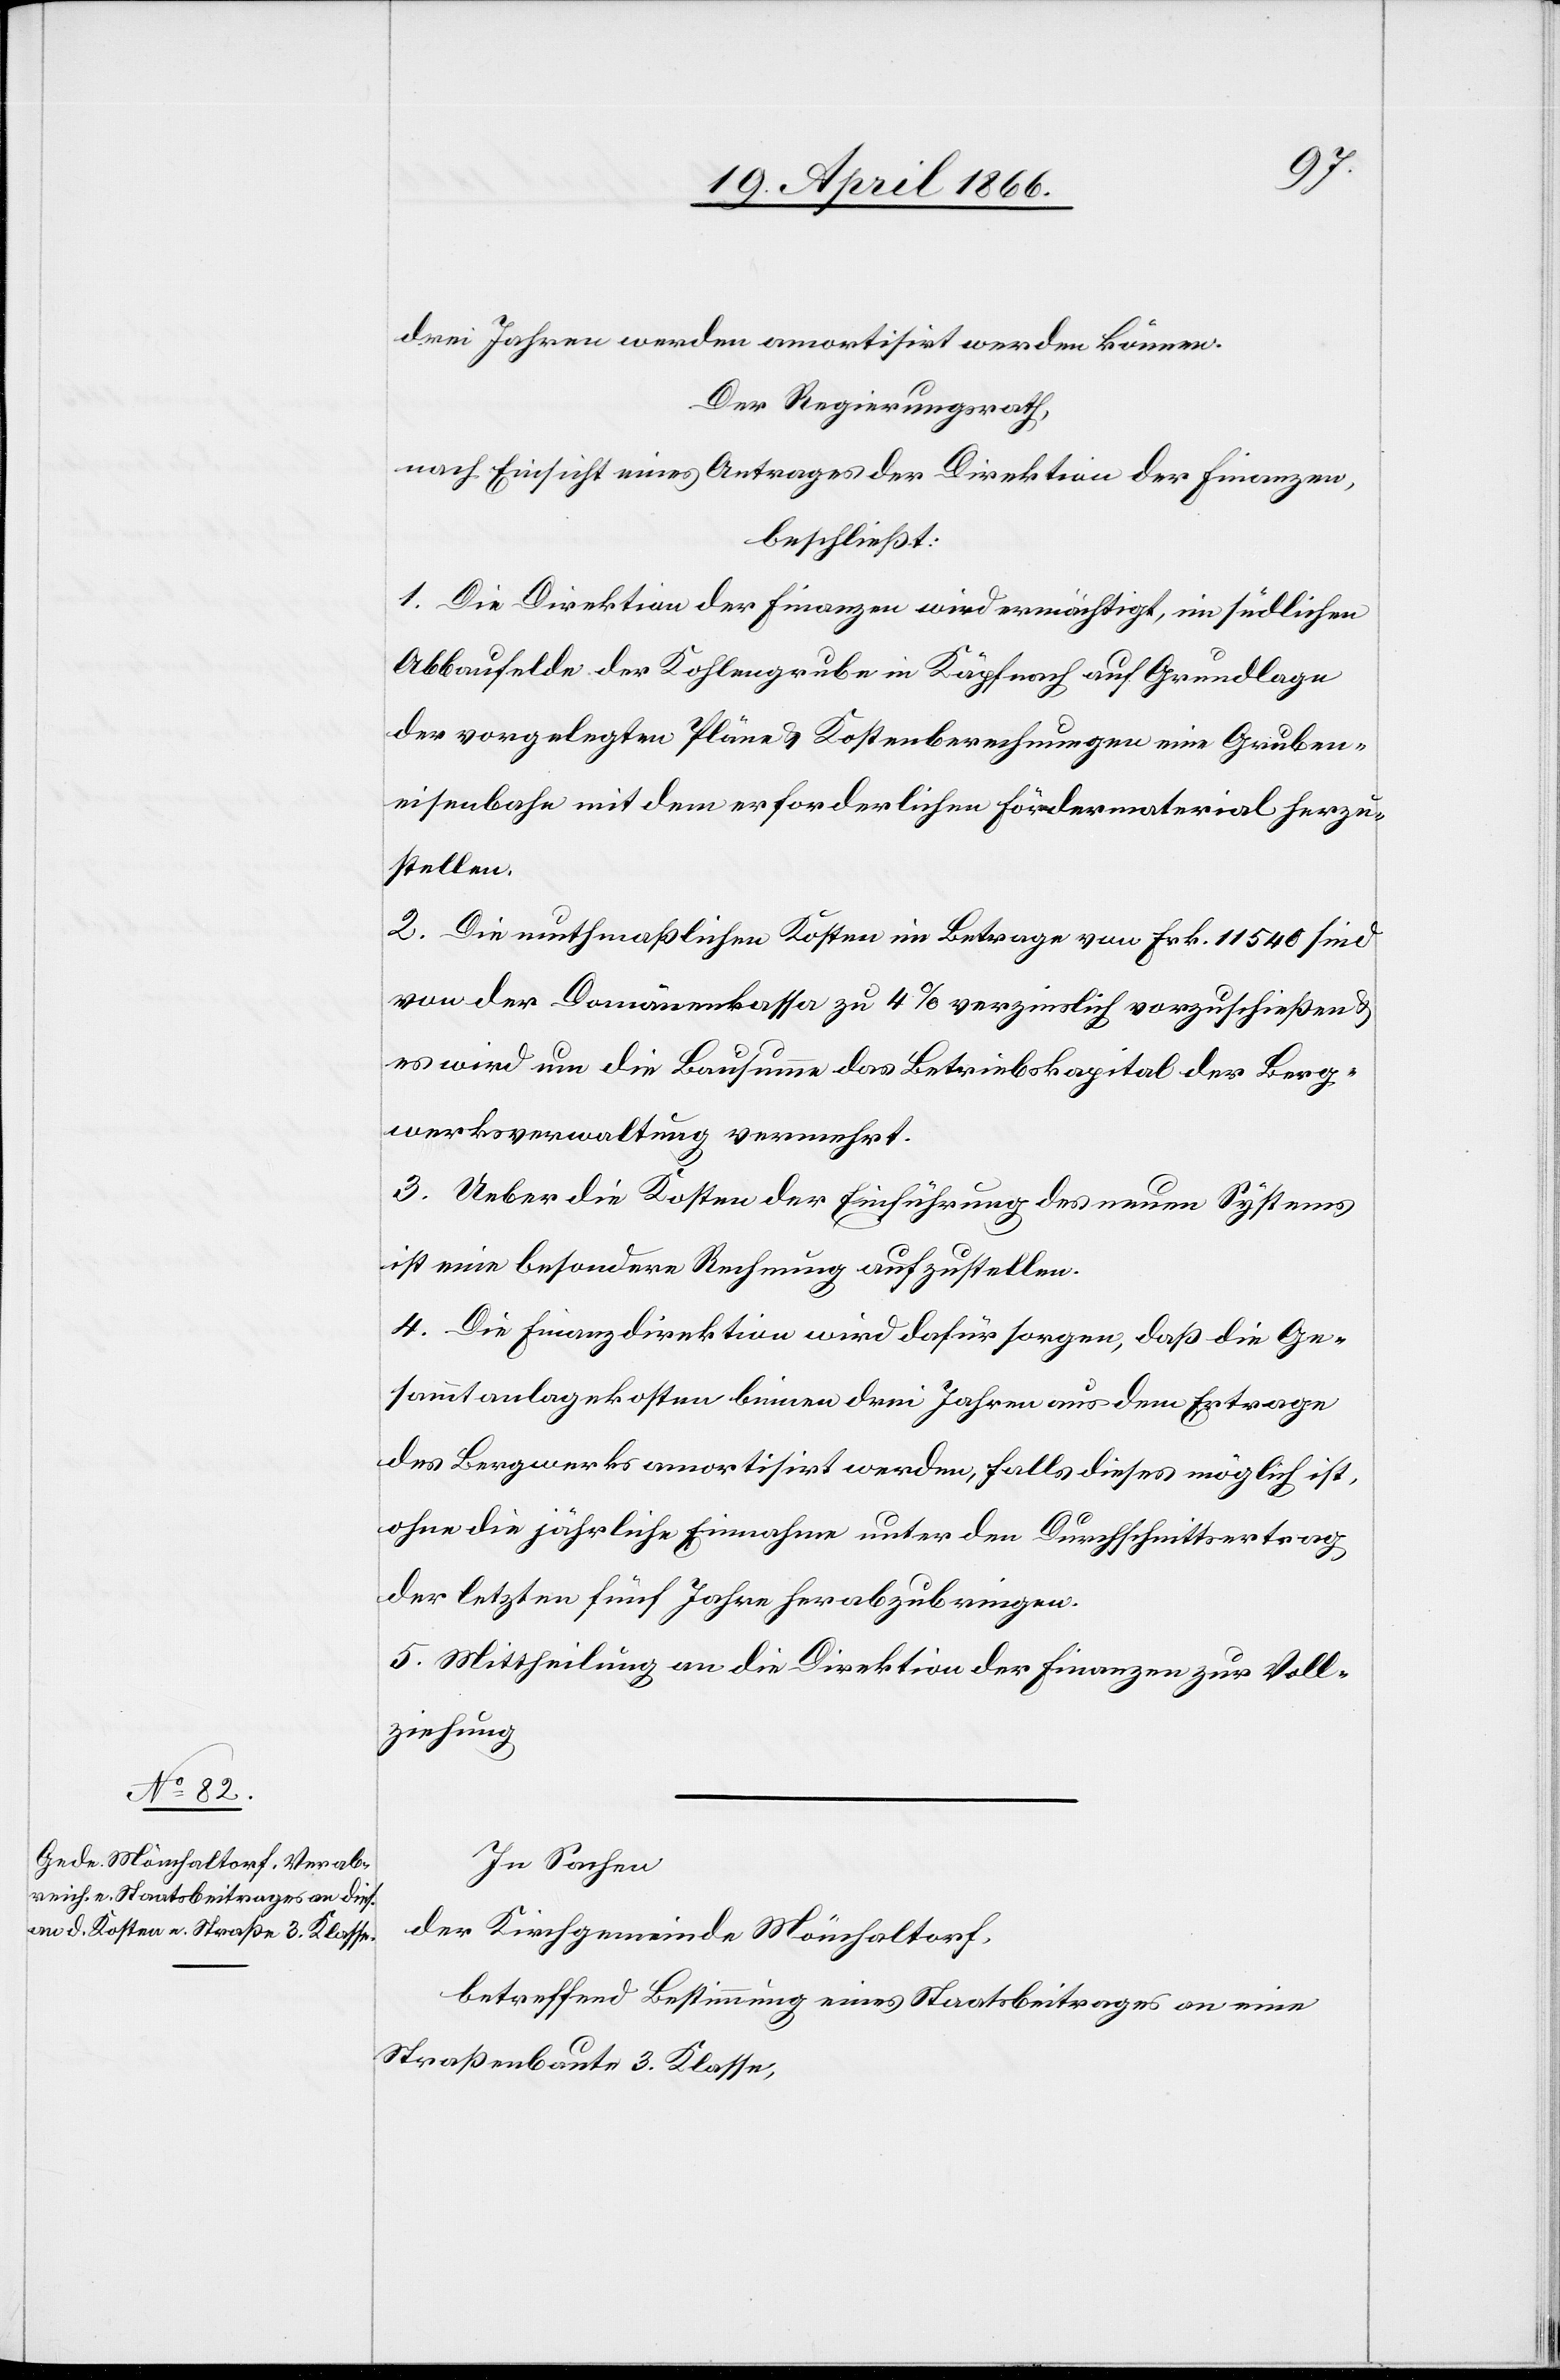
drei Jahren werden amortisirt werden können.
Der Regierungsrath,
nach Einsicht eines Antrages der Direktion der Finanzen,
beschließt:
1. Die Direktion der Finanzen wird ermächtigt, im südlichen
Abbaufelde der Kohlengrube in Käpfnach auf Grundlage
der vorgelegten Pläne u. Kostenberechnungen eine Gruben¬
eisenbahn mit dem erforderlichen Fördermaterial herzu¬
stellen.
2. Die muthmaßlichen Kosten im Betrage von Frk. 11 540 sind
von der Domänenkasse zu 4 % verzinslich vorzuschießen
es wird um die Bausumme das Betriebskapital der Berg¬
werksverwaltung vermehrt.
3. Ueber die Kosten der Einführung des neuen Systems
ist eine besondere Rechnung aufzustellen.
4. Die Finanzdirektion wird dafür sorgen, daß die Ge¬
sammtanlagekosten binnen drei Jahren aus dem Ertrage
des Bergwerks amortisirt werden, falls dieses möglich ist,
ohne die jährliche Einnahme unter den Durchschnittsertrag
der letzten fünf Jahre herabzubringen.
5. Mittheilung an die Direktion der Finanzen zur Voll¬
ziehung.
In Sachen
der Kirchgemeinde Mönchaltorf,
betreffend Bestimmung eines Staatsbeitrages an eine
Straßenbaute 3. Klasse,